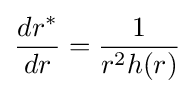
{\frac {dr^{*}}{dr}}={\frac {1}{r^{2}h(r)}}